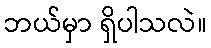
ဘယ်မှာ ရှိပါသလဲ။